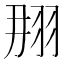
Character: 𦐃